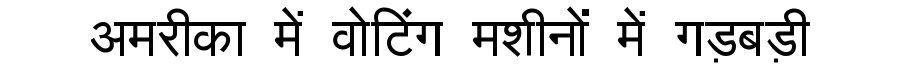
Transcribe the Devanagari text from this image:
अमरीका में वोटिंग मशीनों में गड़बड़ी